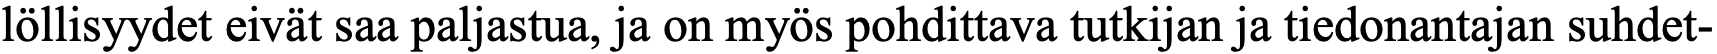
löllisyydet eivät saa paljastua, ja on myös pohdittava tutkijan ja tiedonantajan suhdet-